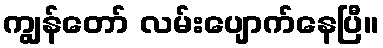
ကျွန်တော် လမ်းပျောက်နေပြီ။